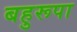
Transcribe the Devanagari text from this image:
बहुरूपा